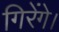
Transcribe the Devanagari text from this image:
गिरेंगे।